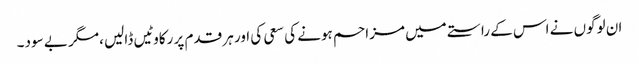
ان لوگوں نے اس کے راستے میں مزاحم ہونے کی سعی کی اور ہر قدم پر رکاوٹیں ڈالیں ،مگر بے سود۔